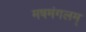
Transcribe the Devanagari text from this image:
मषमंगलम्